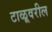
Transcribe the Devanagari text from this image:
टाळूवरील